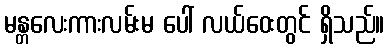
မန္တလေးကားလမ်းမ ပေါ် လယ်ဝေးတွင် ရှိသည်။